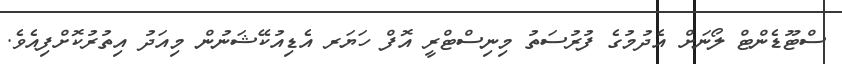
ސްޓޫޑެންޓް ލޯނަށް އެދުމުގެ ފުރުސަތު މިނިސްޓްރީ އޮފް ހަޔަރ އެޑިއުކޭޝަނުން މިއަދު އިތުރުކޮށްފިއެވެ.